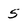
Character: 5